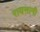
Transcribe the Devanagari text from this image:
रायसानी